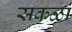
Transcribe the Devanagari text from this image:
सकळां